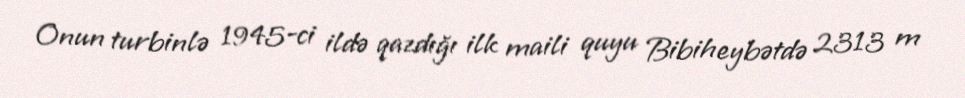
Onun turbinlə 1945-ci ildə qazdığı ilk maili quyu Bibiheybətdə 2313 m